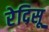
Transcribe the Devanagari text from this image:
रेदिसू